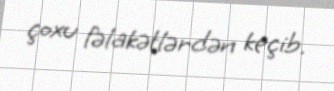
çoxu fəlakətlərdən keçib.